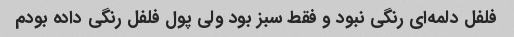
فلفل دلمه‌ای رنگی نبود و فقط سبز بود ولی پول فلفل رنگی داده بودم